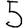
Digit: 5